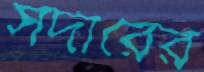
সর্দারের